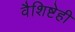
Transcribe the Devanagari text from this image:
वैशिष्टेही